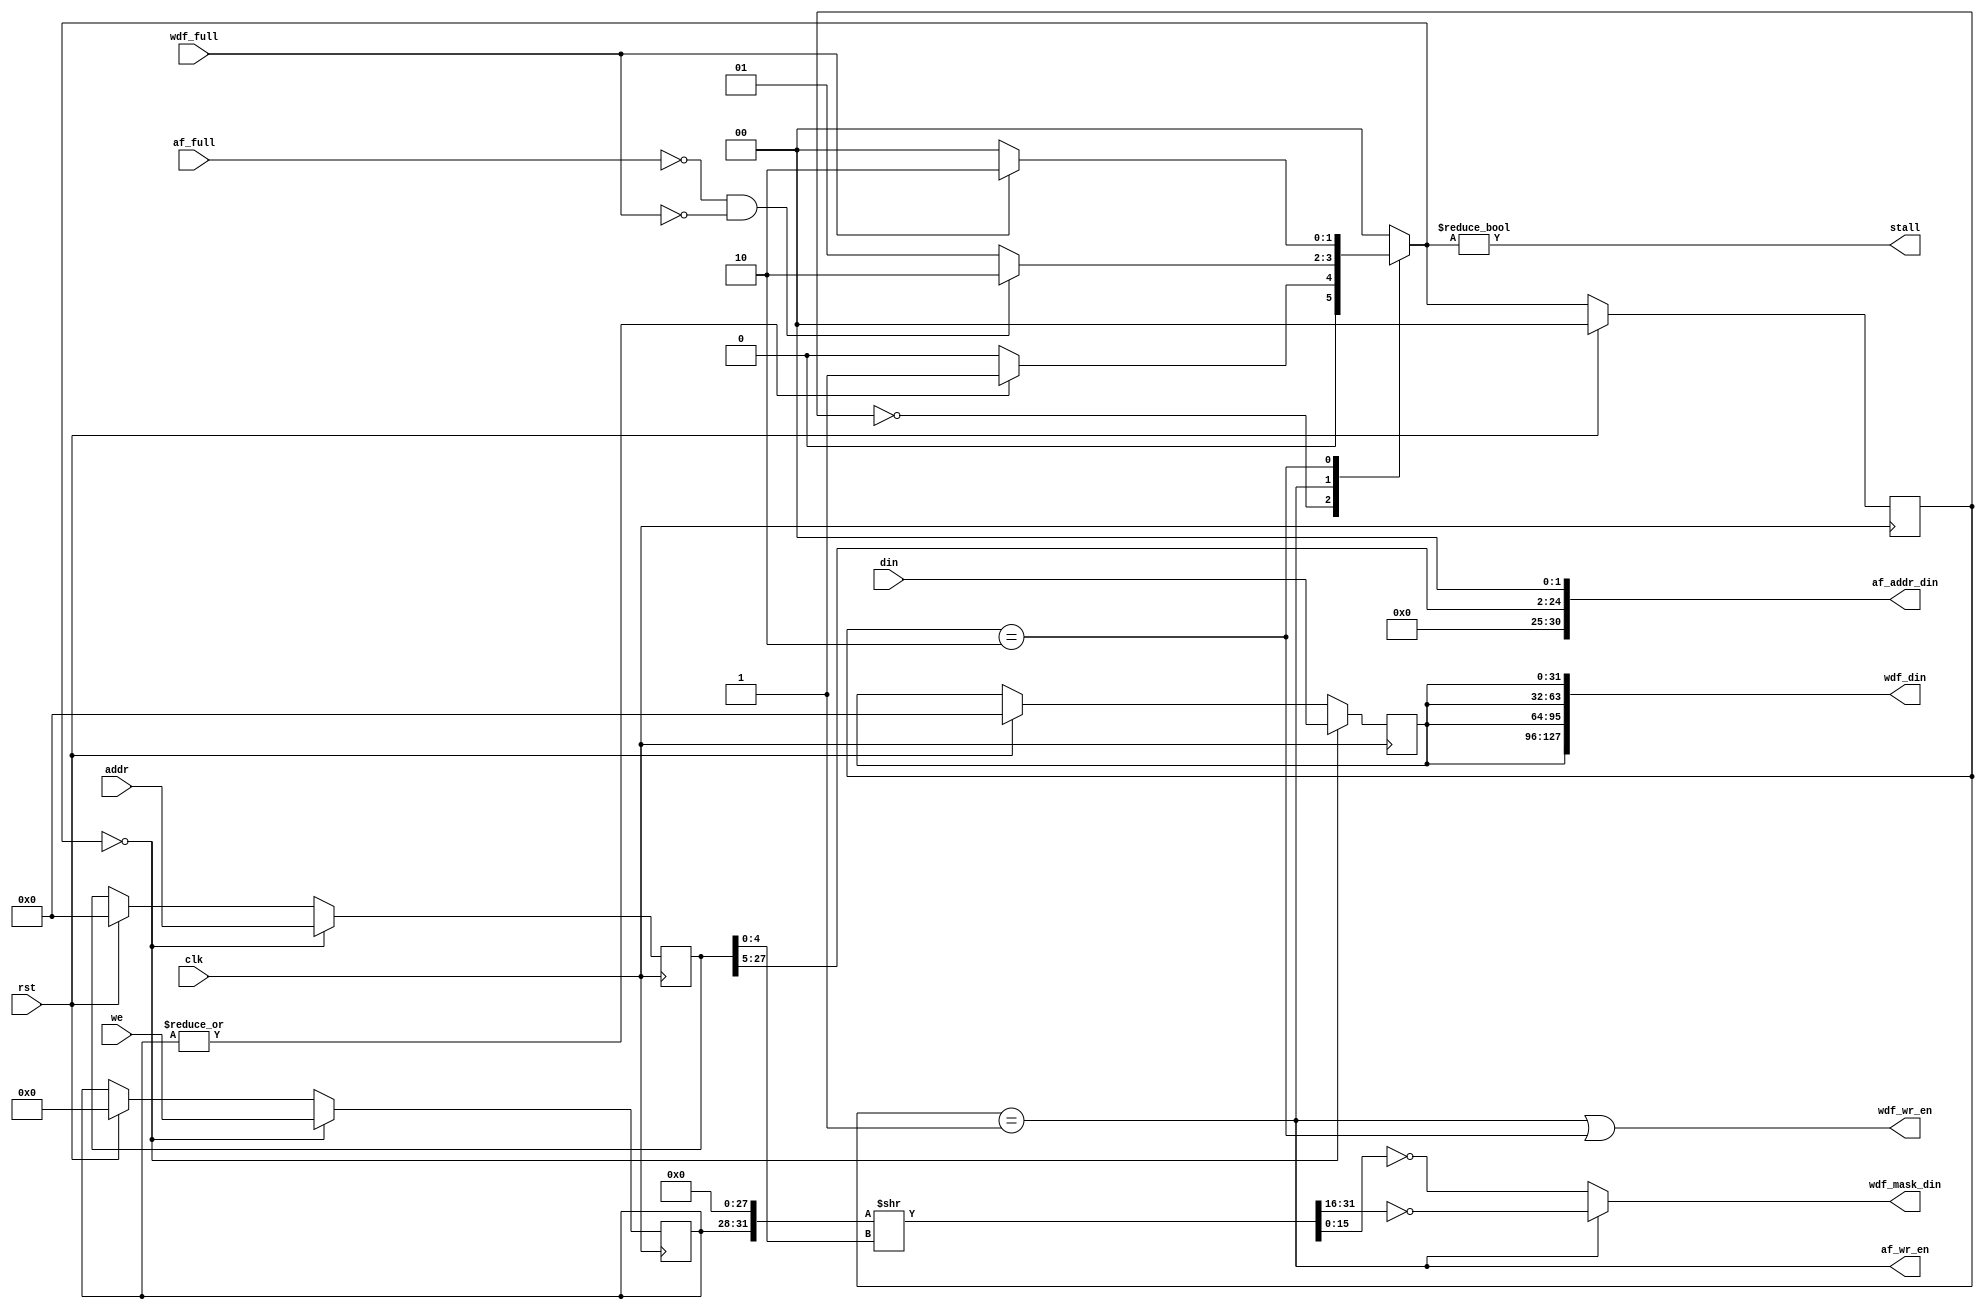

module CacheBypass( 
              input           clk,
              input           rst,
              input [31:0]    addr,
              input [31:0]    din,
              input [3:0]     we,
              input           af_full,
              input           wdf_full,
              
              output          stall,
              output [30:0]   af_addr_din, //x
              output          af_wr_en,
              output [127:0]  wdf_din, //x
              output [15:0]   wdf_mask_din, //x
              output          wdf_wr_en
);


    localparam IDLE     = 2'b00;
    localparam WRITE1   = 2'b01;
    localparam WRITE2   = 2'b10;

    // Register the inputs:
    reg [31:0] din_reg;
    reg [31:0] addr_reg;
    reg [3:0]  we_reg;

    // state registers
    reg [1:0] cs, ns;

    always @(posedge clk) begin
        if(rst) begin
            cs <= IDLE;
            din_reg <= 32'b0;
            addr_reg <= 32'b0;
            we_reg <= 4'b0;
        end
        else
            cs <= ns;

        if(ns == IDLE) begin
            din_reg <= din;
            addr_reg <= addr;
            we_reg <= we;
        end
    end

    // Transition Logic:
    always @(*) begin
        case(cs)
            IDLE: ns = |we_reg ? WRITE1 : IDLE;
            WRITE1: ns = !af_full && !wdf_full ? WRITE2: WRITE1;
            WRITE2: ns = !wdf_full ? IDLE : WRITE2;
           default: ns = IDLE; 
        endcase
    end

    wire [31:0] write_mask_n;
    assign write_mask_n = {we_reg, 28'b0} >> addr_reg[4:0];

    assign stall = ns != IDLE;
    assign af_wr_en = cs == WRITE1;
    assign wdf_wr_en = cs == WRITE1 || cs == WRITE2;
    assign af_addr_din = {6'b0, addr_reg[27:5], 2'b0};
    assign wdf_mask_din = cs == WRITE1 ? ~write_mask_n[31:16] : ~write_mask_n[15:0];
    assign wdf_din = {4{din_reg}}; 

endmodule